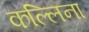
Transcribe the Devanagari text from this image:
कल्लिना